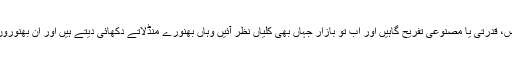
پبلک مقامات جیسے کے ساحل، پارکس، قدرتی یا مصنوعی تفریح گاہیں اور اب تو بازار جہاں بھی کلیاں نظر آئیں وہاں بھنورے منڈلاتے دکھائی دیتے ہیں اور ان بھنوروں سے رش میں نمایاں اضافہ ہوتا ہے۔